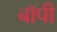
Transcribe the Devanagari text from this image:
बॉपी